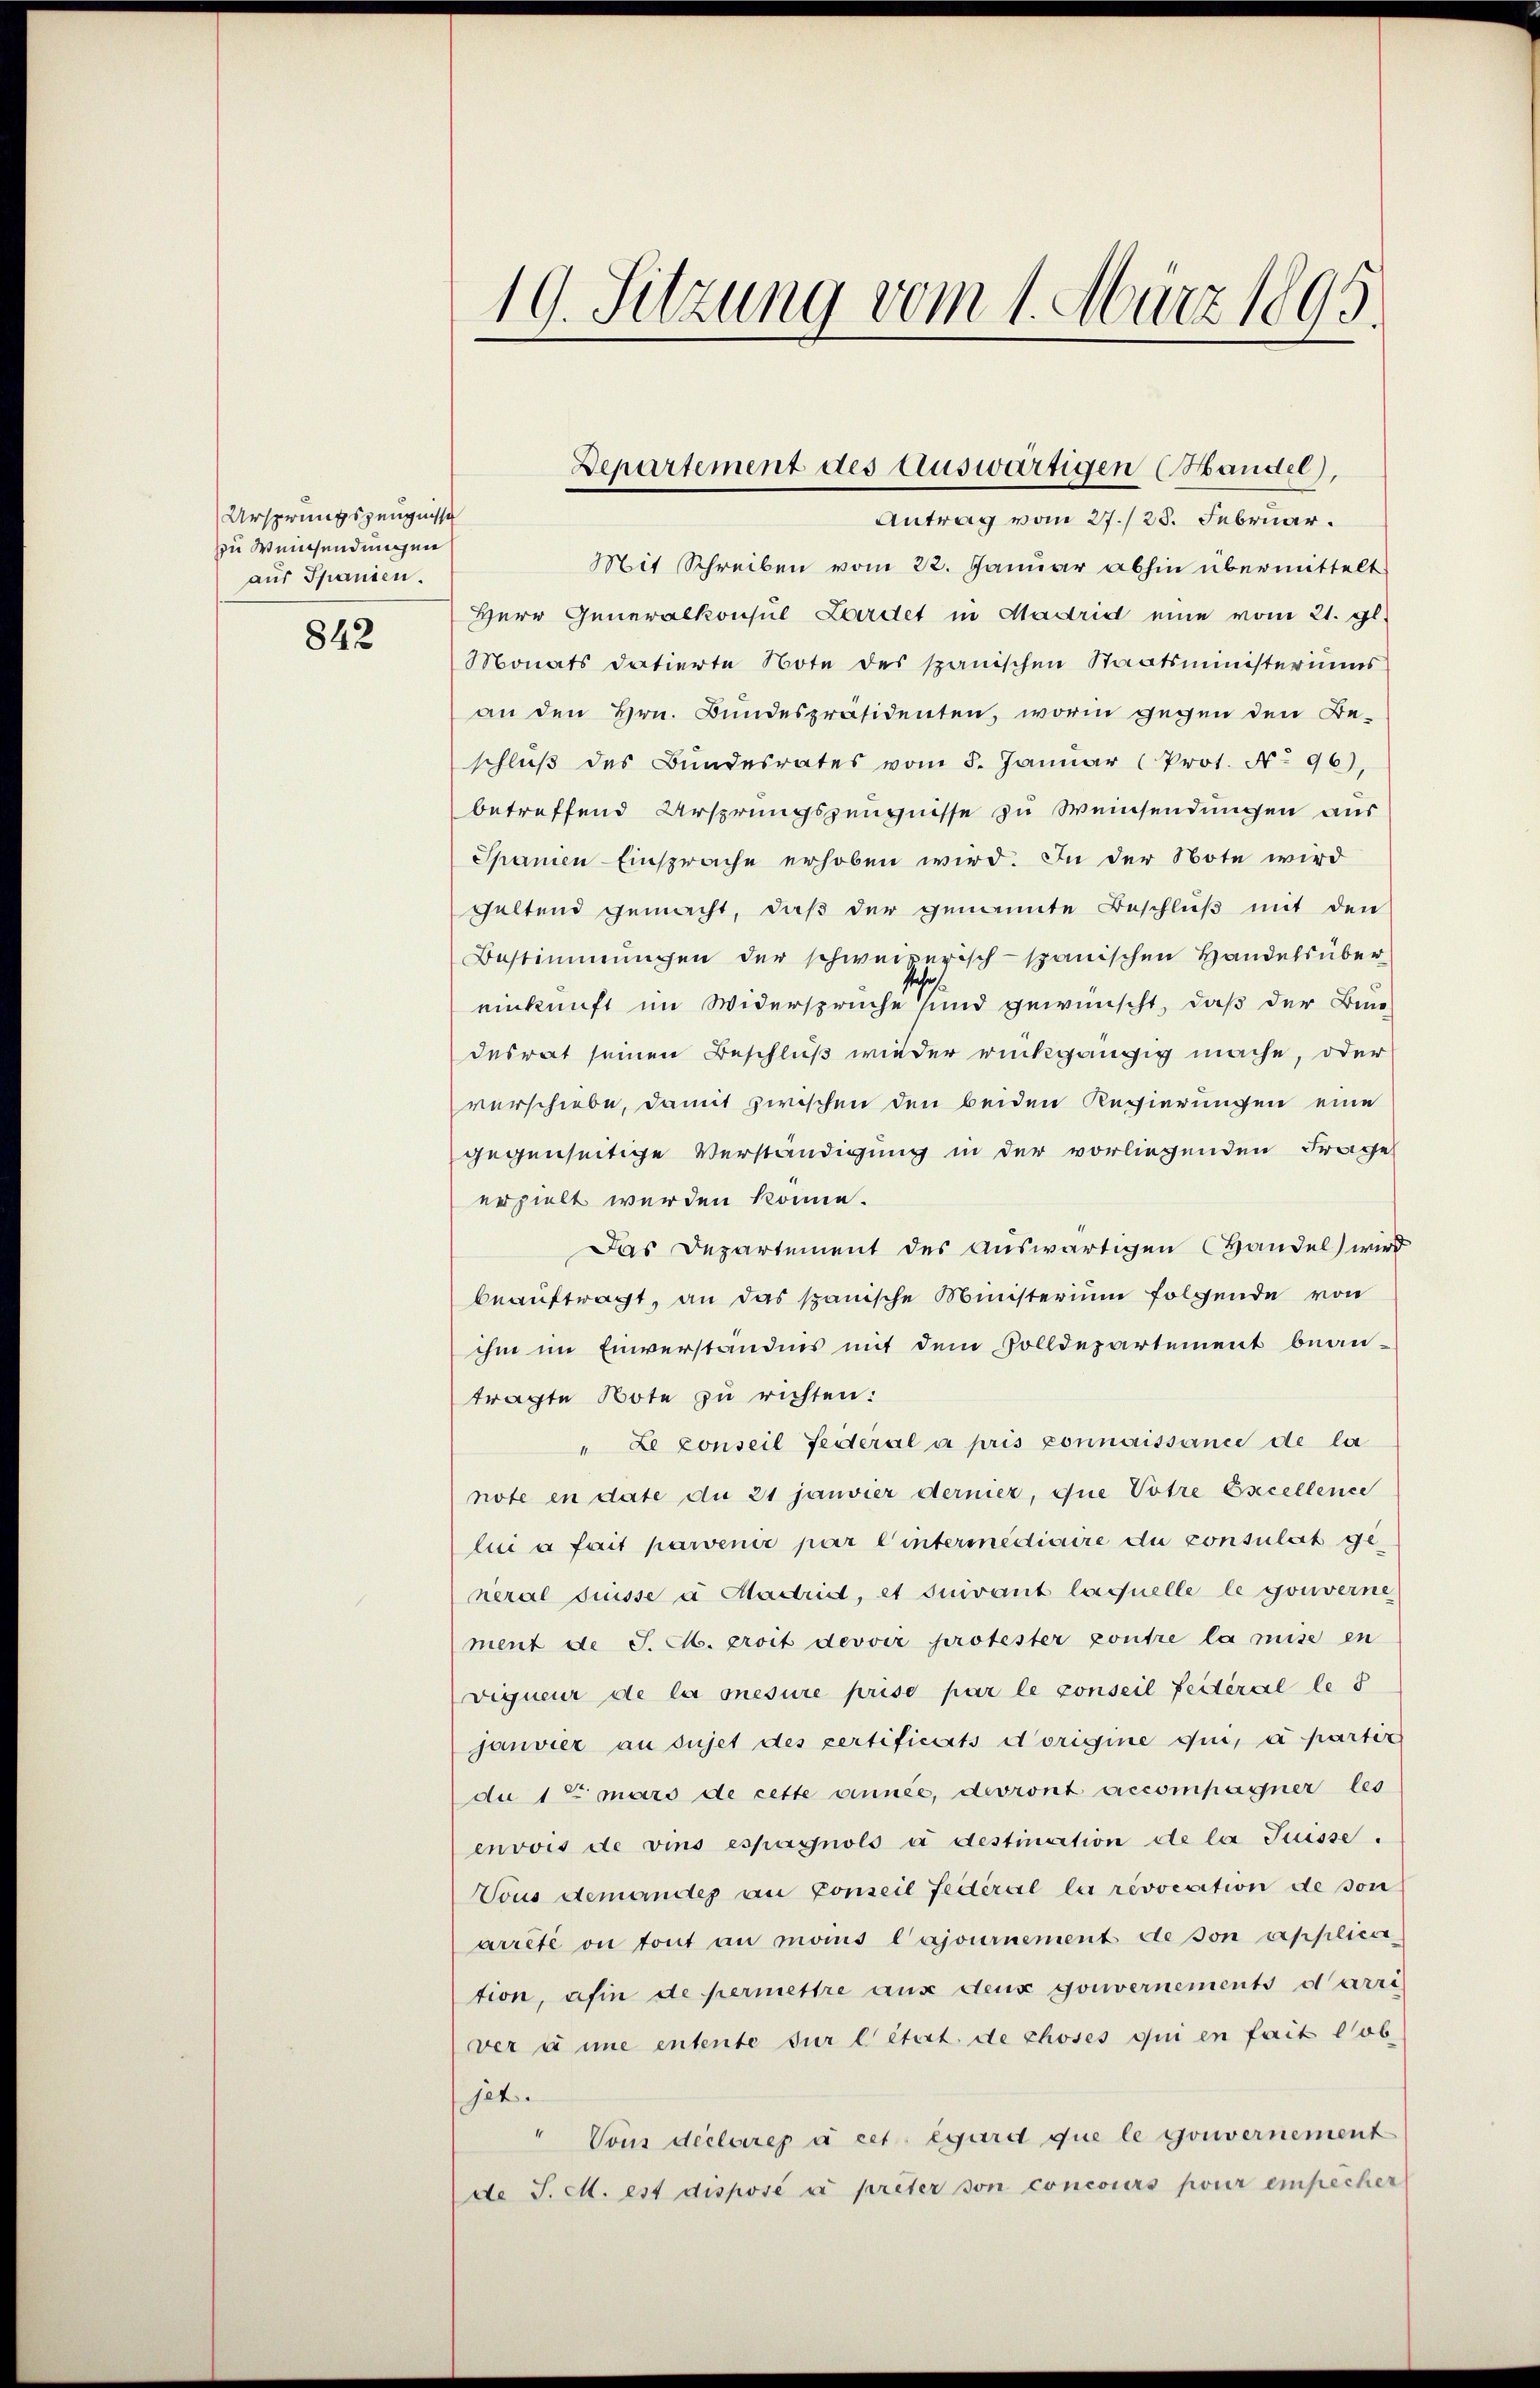
Ursprungszeugnisse
zu Weinsendungen
aus Spanien.
842

19. Sitzung vom 1. März 1895

Antrag vom 27./23. Februar.
Mit Schreiben vom 22. Januar abhin übermittelt
Herr Generalkonsul Zardet in Madrid eine vom 21. gl.
Monats datierte Note des spanischen Staatsministeriums
an den Hrn. Bundespräsidenten, worin gegen den Be-
schlŭβ des Bundesrates vom 5. Januar (Prot. No 96),
betreffend Ursprungszeugnisse zu Weinsendungen aus
Shanen Einsprache erhoben wird. In der Note wird
seltend gemacht, daß der genannte Beschluß mit den
Bestimmungen der schweizerisch-spanischen Handels übereinkunft im Widersprüche sind gewünscht, daß der Bundesrat seinen Beschluß wieder rückgängig mache, oder
verschiebe, damit zwischen den beiden Regierungen eine
gegenseitige Verständigung in der vorliegenden Frage
erzielt werden könne.
Das Departement des auswärtigen Handel wird
beaŭftragt, an das spanische Ministerium folgende von
ihm im Einverständnis mit dem Solldepartement bean-
tragte Note zu richten:
" Le conseil feiteral à pris connaissance de la
note en date du 21 janvier dernier, que Votre Excellence
lui a fait parvenir par l’intermédiaire du consulat general drüsse a Madrid, et suivant laquelle le gouverne
ment de J. M. proit devoir protester kontre la mise en
vigueur de la onesure prise par le conseil feiteral le s
janvier au sujet des certificats Norigine sie, a partiz
du 1 t mars de cette annes, devront accompagner les
envois de vins espagnols à destinction ete la Suisse.
Vous demandes an Conseil Federal la revocation de von
arrêté ou tout an mans Cajournement de son applica
tion, afin de permettre aus deux gouvernements darri
ver à une entente für l état de choses qui en fait lob
jet.
Vons declares à cet égard que le Gouvernement
de J. M. est disposé à preter son concours pour einpecher

Departement des Auswärtigen (Handel),